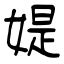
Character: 媞